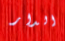
الدار